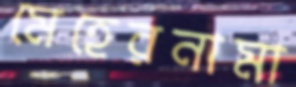
মেহেরনামা